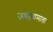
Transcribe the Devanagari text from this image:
जगदंबामाता